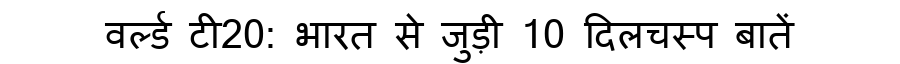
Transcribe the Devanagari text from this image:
वर्ल्ड टी20: भारत से जुड़ी 10 दिलचस्प बातें